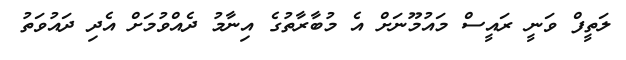
ލަތީފް ވަނީ ރައީސް މައުމޫނަށް އެ މުބާރާތުގެ އިނާމު ދެއްވުމަށް އެދި ދައުވަތު